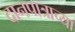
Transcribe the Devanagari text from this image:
दानपात्राच्या